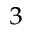
^ { 3 }